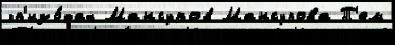
эп'изо́дах Мансуров Мансурова Т'ем